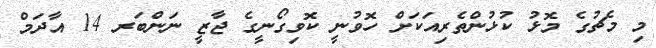
މި މެޗުގެ މޮޅު ކުޅުންތެރިއަކަށް ހޮވުނީ ކޮވިގޯނީގެ ޖާޒީ ނަންބަރ 14 އާދަމް